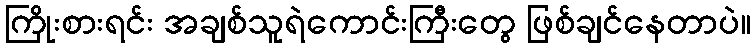
ကြိုးစားရင်း အချစ်သူရဲကောင်းကြီးတွေ ဖြစ်ချင်နေတာပဲ။